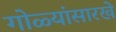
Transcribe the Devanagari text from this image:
गोळ्यांसारखे